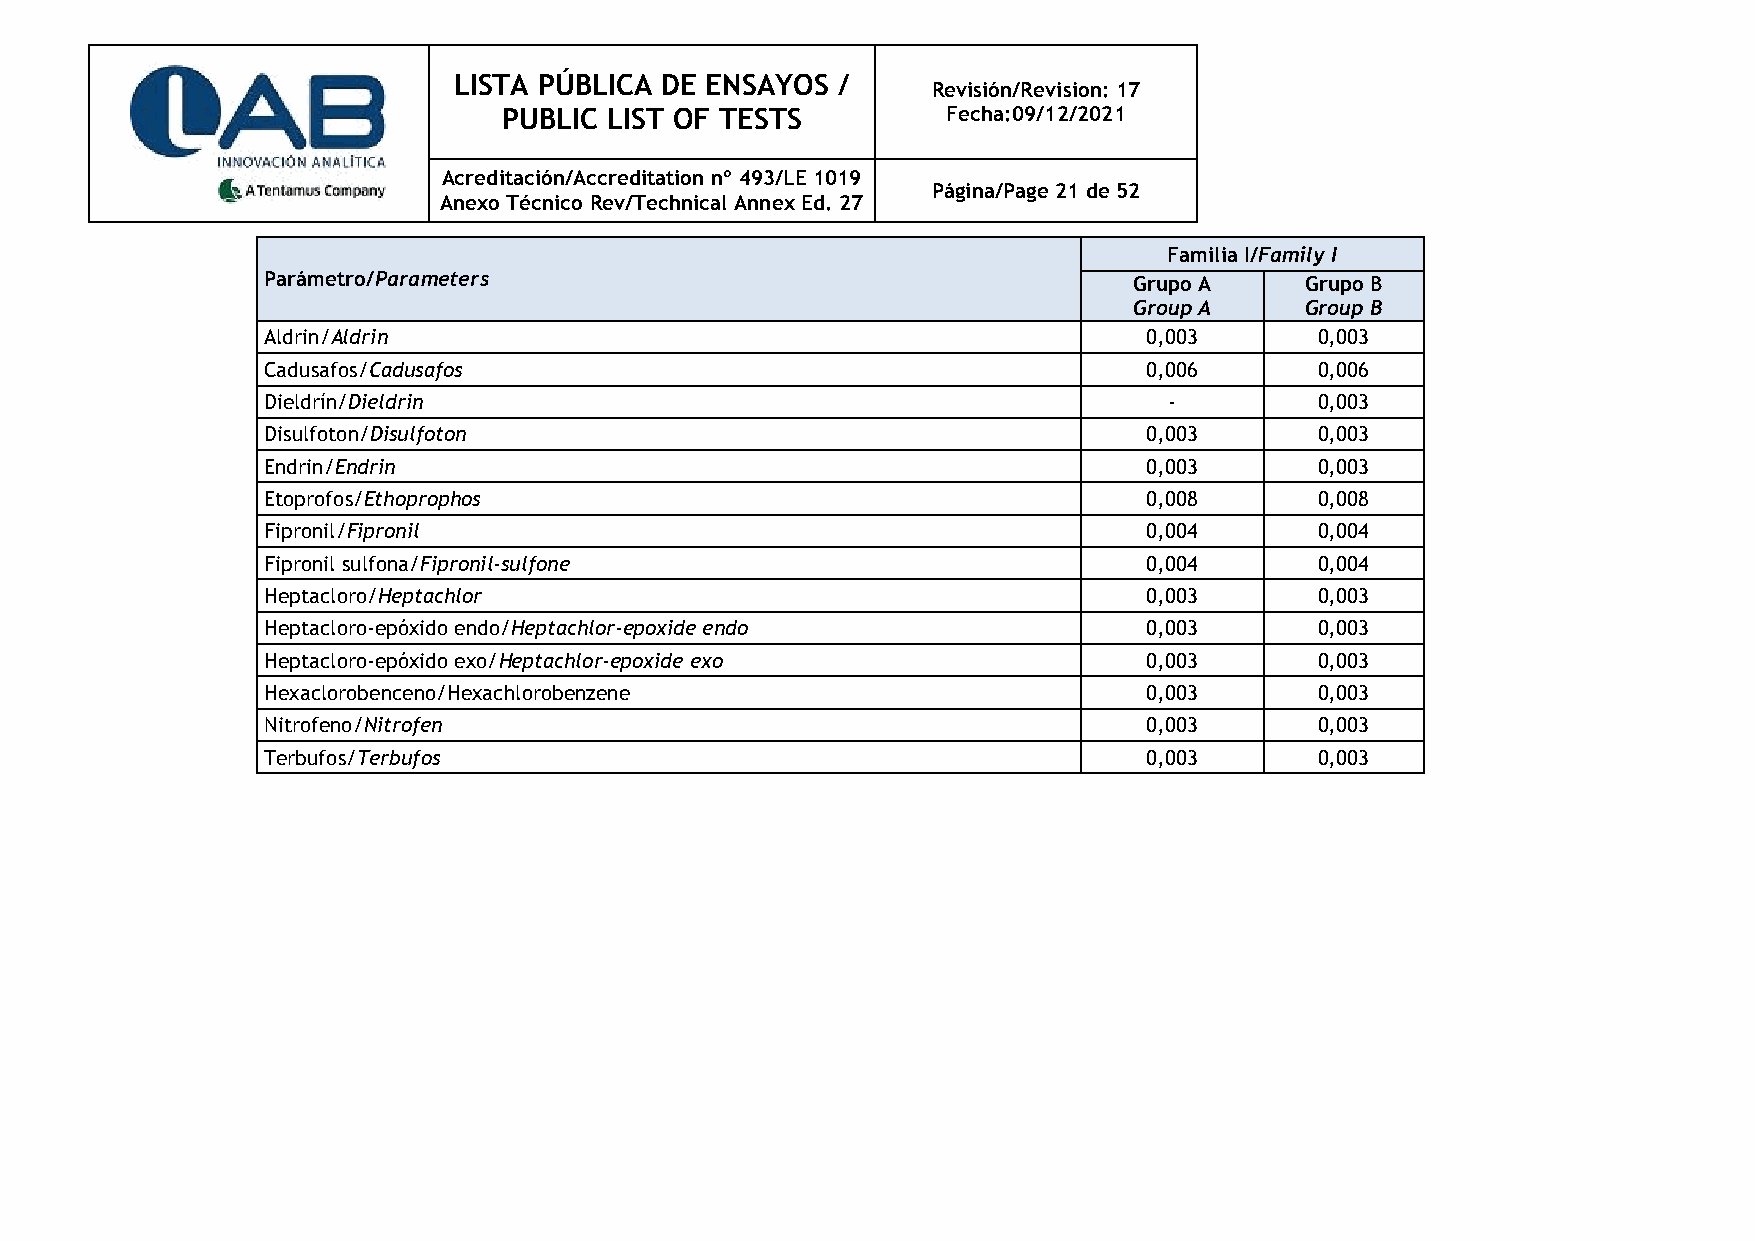
LISTA PÚBLICA DE ENSAYOS /
 Revisión/Revision: 17
 PUBLIC LIST OF TESTS          Fecha:09/12/2021
 Acreditación/Accreditation nº 493/LE 1019
 Página/Page 21 de 52
 Anexo Técnico Rev/Technical Annex Ed. 27
 Familia I/Family I
 Parámetro/Parameters                                      Grupo A    Grupo B
 Group A    Group B
 Aldrin/Aldrin                                              0,003      0,003
 Cadusafos/Cadusafos                                        0,006      0,006
 Dieldrín/Dieldrin                                           -         0,003
 Disulfoton/Disulfoton                                      0,003      0,003
 Endrin/Endrin                                              0,003      0,003
 Etoprofos/Ethoprophos                                      0,008      0,008
 Fipronil/Fipronil                                          0,004      0,004
 Fipronil sulfona/Fipronil-sulfone                          0,004      0,004
 Heptacloro/Heptachlor                                      0,003      0,003
 Heptacloro-epóxido endo/Heptachlor-epoxide endo            0,003      0,003
 Heptacloro-epóxido exo/Heptachlor-epoxide exo              0,003      0,003
 Hexaclorobenceno/Hexachlorobenzene                         0,003      0,003
 Nitrofeno/Nitrofen                                         0,003      0,003
 Terbufos/Terbufos                                          0,003      0,003